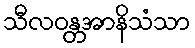
သီလဝန္တအာနိသံသာ